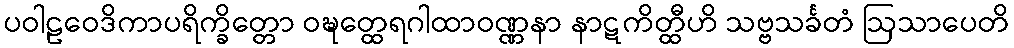
ပဝါဠဝေဒိကာပရိက္ခိတ္တော ဝဍ္ဎတ္ထေရဂါထာဝဏ္ဏနာ နာဋကိတ္ထီဟိ သဗ္ဗသင်္ခတံ ဩသာပေတိ